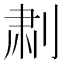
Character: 𫦅